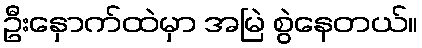
ဦးနှောက်ထဲမှာ အမြဲ စွဲနေတယ်။